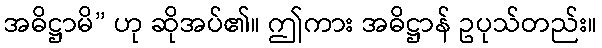
အဓိဋ္ဌာမိ” ဟု ဆိုအပ်၏။ ဤကား အဓိဋ္ဌာန် ဥပုသ်တည်း။